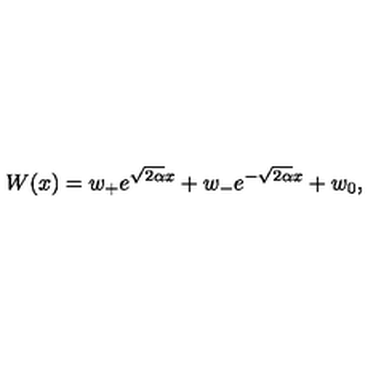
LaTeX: W ( x ) = w _ { + } e ^ { \sqrt { 2 \alpha } x } + w _ { - } e ^ { - \sqrt { 2 \alpha } x } + w _ { 0 } ,